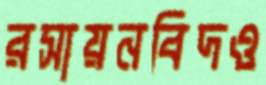
রসায়নবিদও